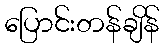
ပြောင်းတန်ချိန်